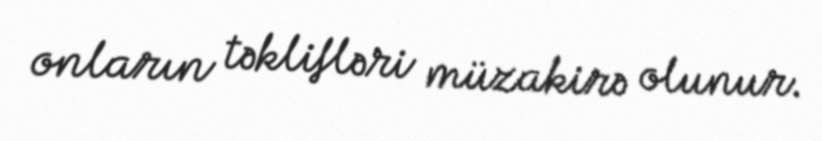
onların təklifləri müzakirə olunur.